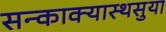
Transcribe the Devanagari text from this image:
सन्काक्यास्थसुया